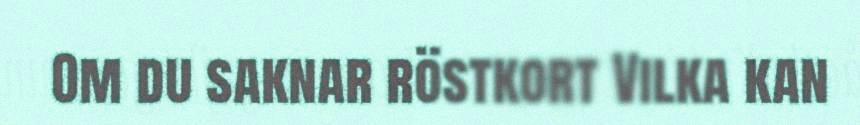
Om du saknar röstkort Vilka kan